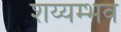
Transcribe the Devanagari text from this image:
शय्यम्भव